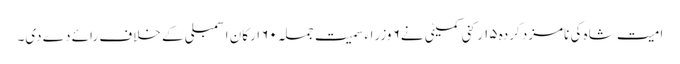
امیت شاہ کی نامزد کردہ ۱۵ رکنی کمیٹی نے۶ وزراء سمیت جملہ ۶۰ ارکان اسمبلی کے خلاف رائے دے دی۔